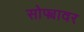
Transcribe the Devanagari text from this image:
सोफ्यावर